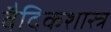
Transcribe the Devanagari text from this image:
वैदिकशास्त्र